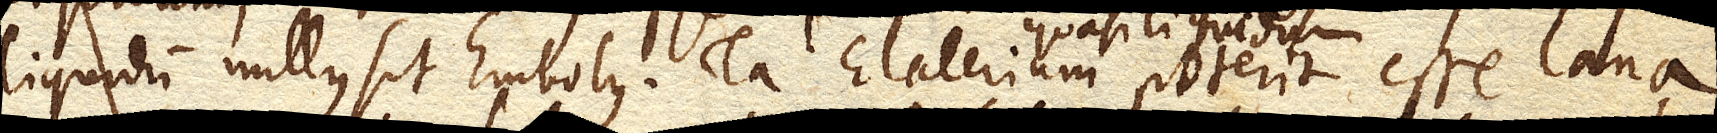
liquidum nullus sit Embolus. Ita Elaterium quasi liquidum poterit esse lana.